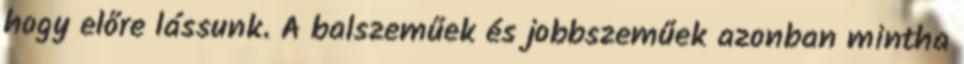
hogy előre lássunk. A balszeműek és jobbszeműek azonban mintha